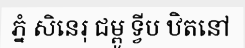
ភ្នំ សិនេរុ ជម្ពូ ទ្វីប ឋិតនៅ